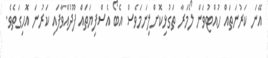
އޭނަ ކަރުނަތައް ހުއްޓުވަން ލޯމަރާ ތަގުޅިކޮށްލިނަމަވެސް އެބޯ އެސްފިޔަތައް ފޫދުއްވާފައި ކަރުނަ އޮހިގަތެވެ.